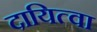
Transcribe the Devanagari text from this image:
दायित्वा